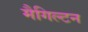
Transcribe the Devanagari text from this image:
मैगिल्टन